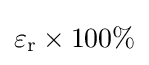
\varepsilon _{\rm {r}}\times 100\%